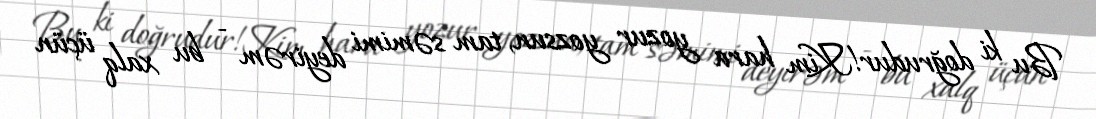
Bu ki doğrudur!Kim hara yozur yozsun, tam səmimi deyirəm - bu xalq üçün